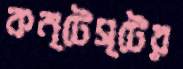
কন্টেস্টের